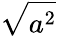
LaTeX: \sqrt{a^{2}}